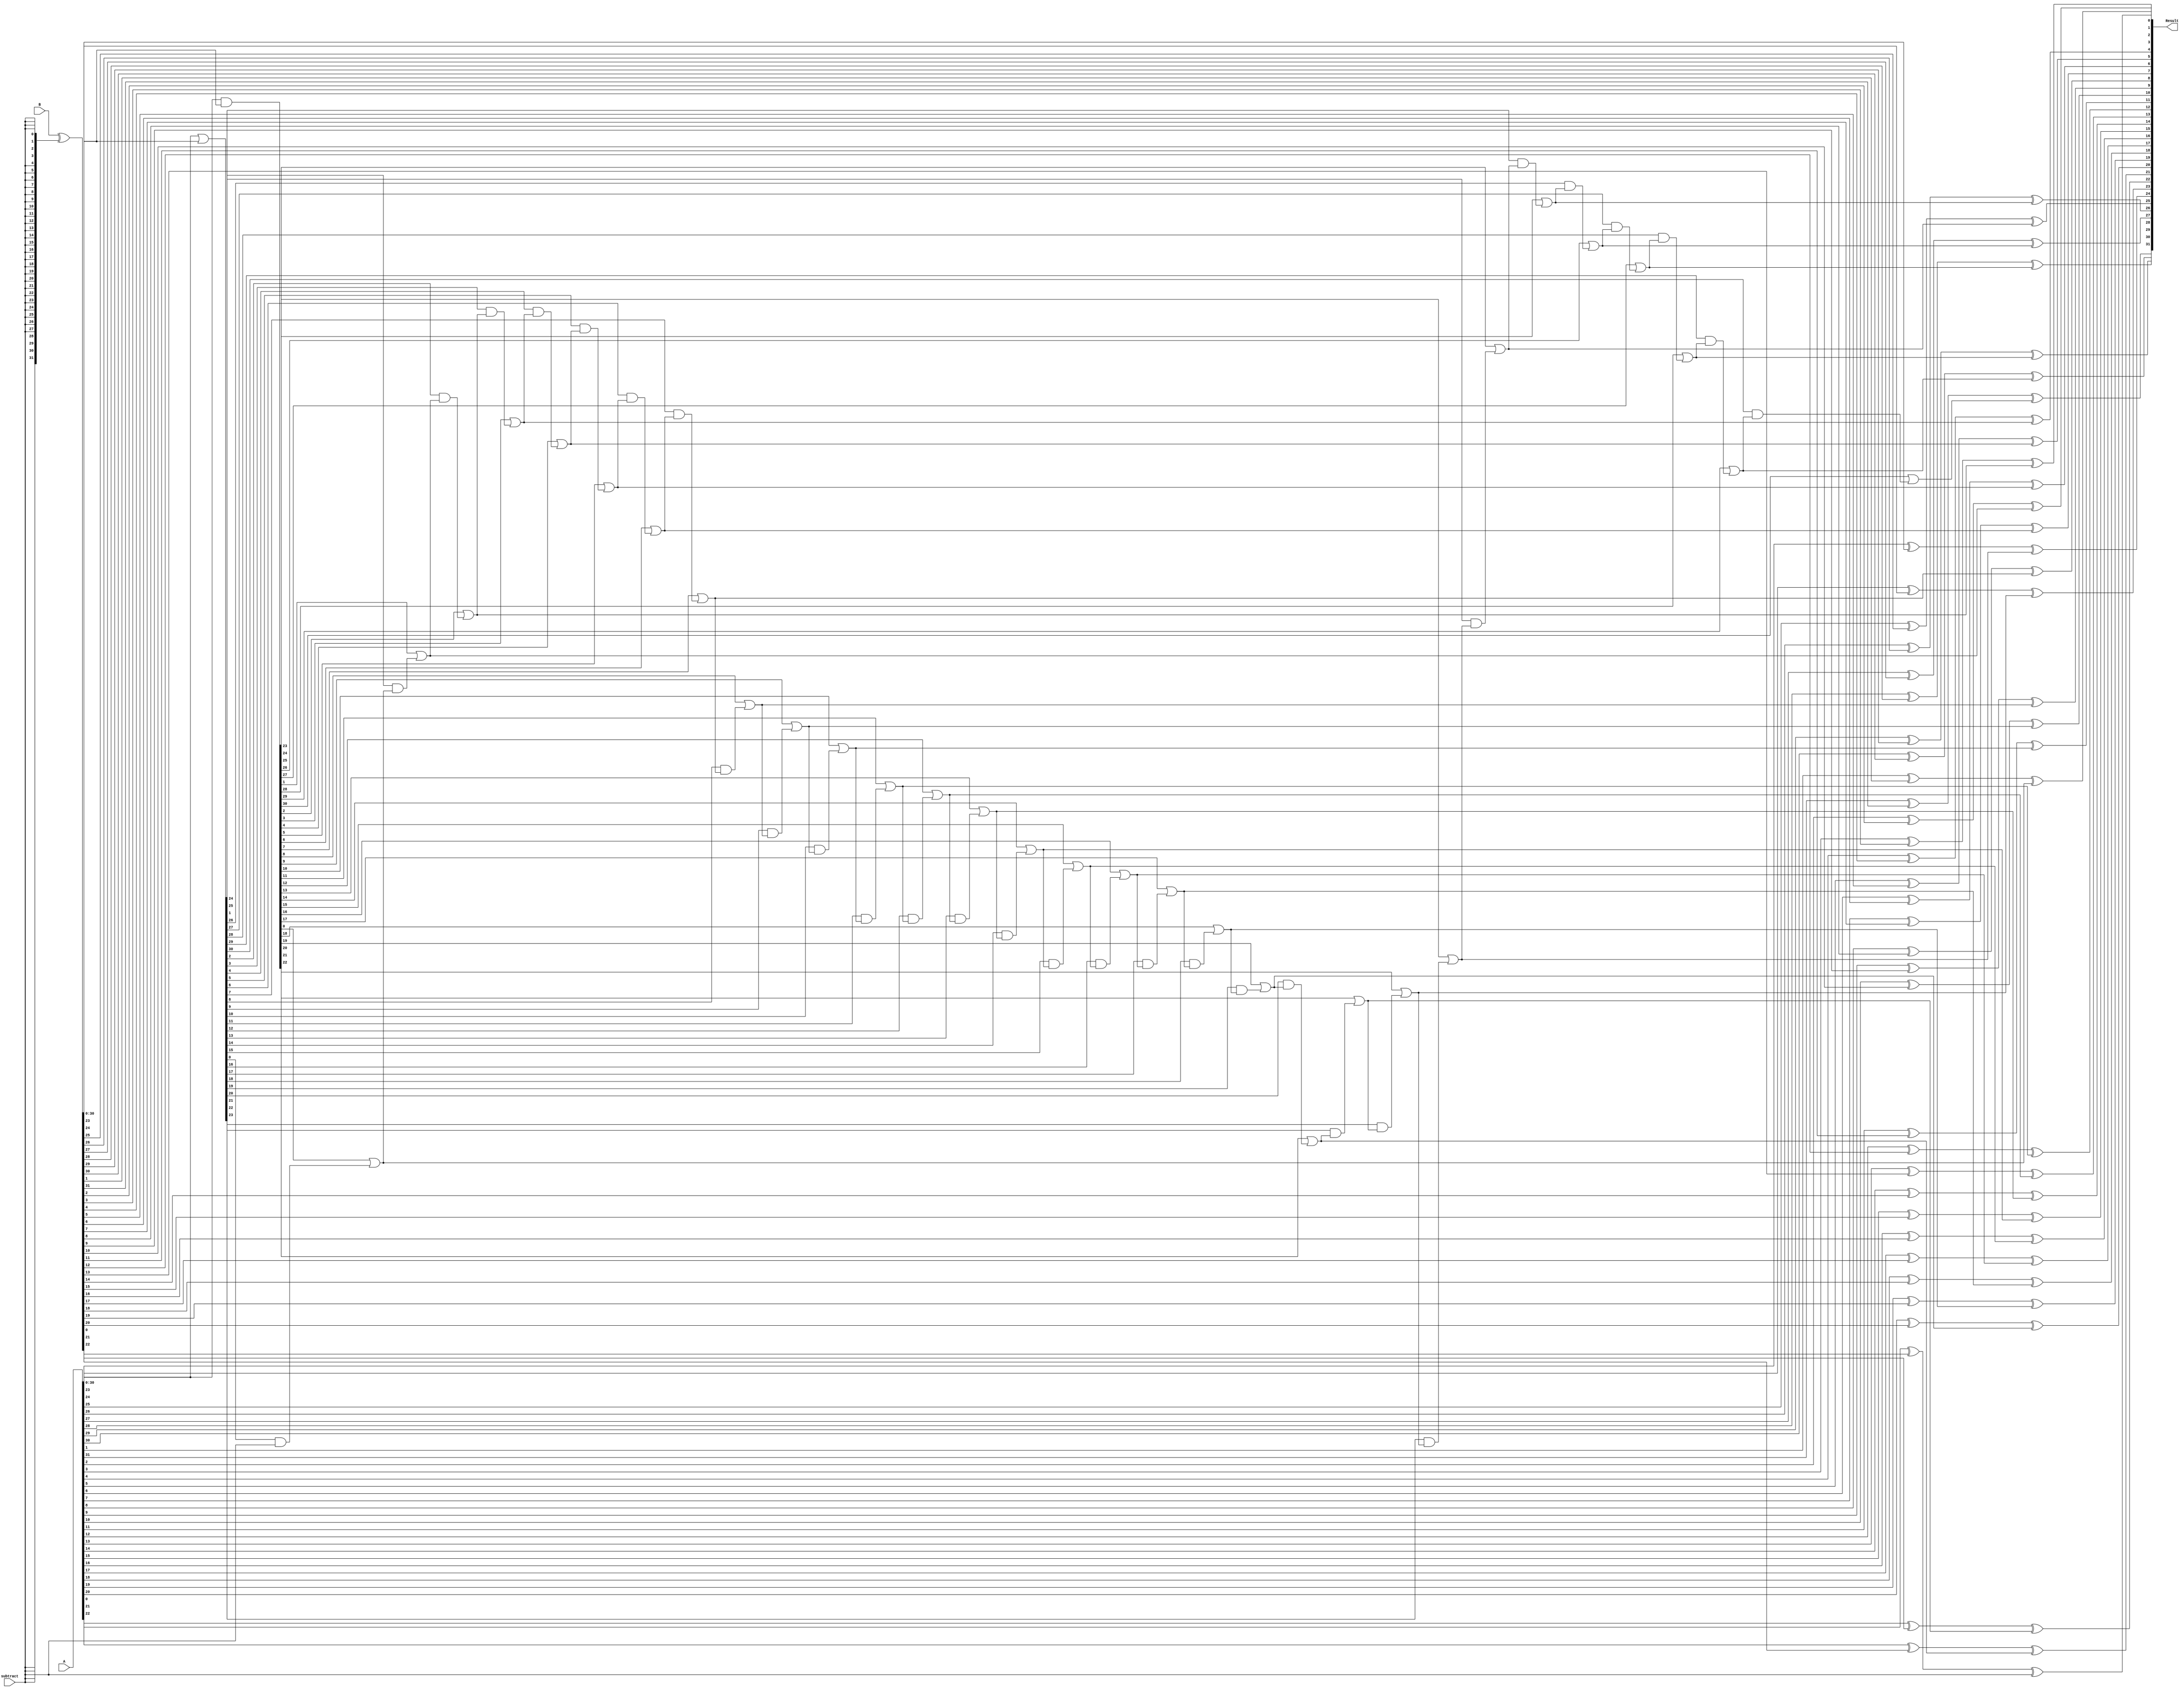
// Carry-Lookahead Adder
module adder(input [31:0]A, input [31:0]B, input subtract, output [31:0]Result);

reg [31:0] Results;
reg [31:0] Gen;
reg [32:0] Propogate;
reg [33:0] LocalCarry;

reg [31:0] Btmp;

assign Result = Results;

integer i;

always@(A or B or subtract)
	begin
		// Carry in first bit based on subtract flag
		LocalCarry = 32'd0 | subtract;
		// Negate B based on subtract bit
		Btmp = B ^ {32{subtract}};
		// Perform these operations first as they can run in parallel
		Gen = A & Btmp;
		Propogate = A | Btmp;
		for(i = 0; i < 32; i = i + 1)
		begin
				LocalCarry[i+1] = (Gen[i] | (Propogate[i] & LocalCarry[i]));
				Results[i] = A[i] ^ Btmp[i] ^ LocalCarry[i];
		end
end
endmodule